NAE_ERA_R-2362_Emakeele_Selts, lk 55
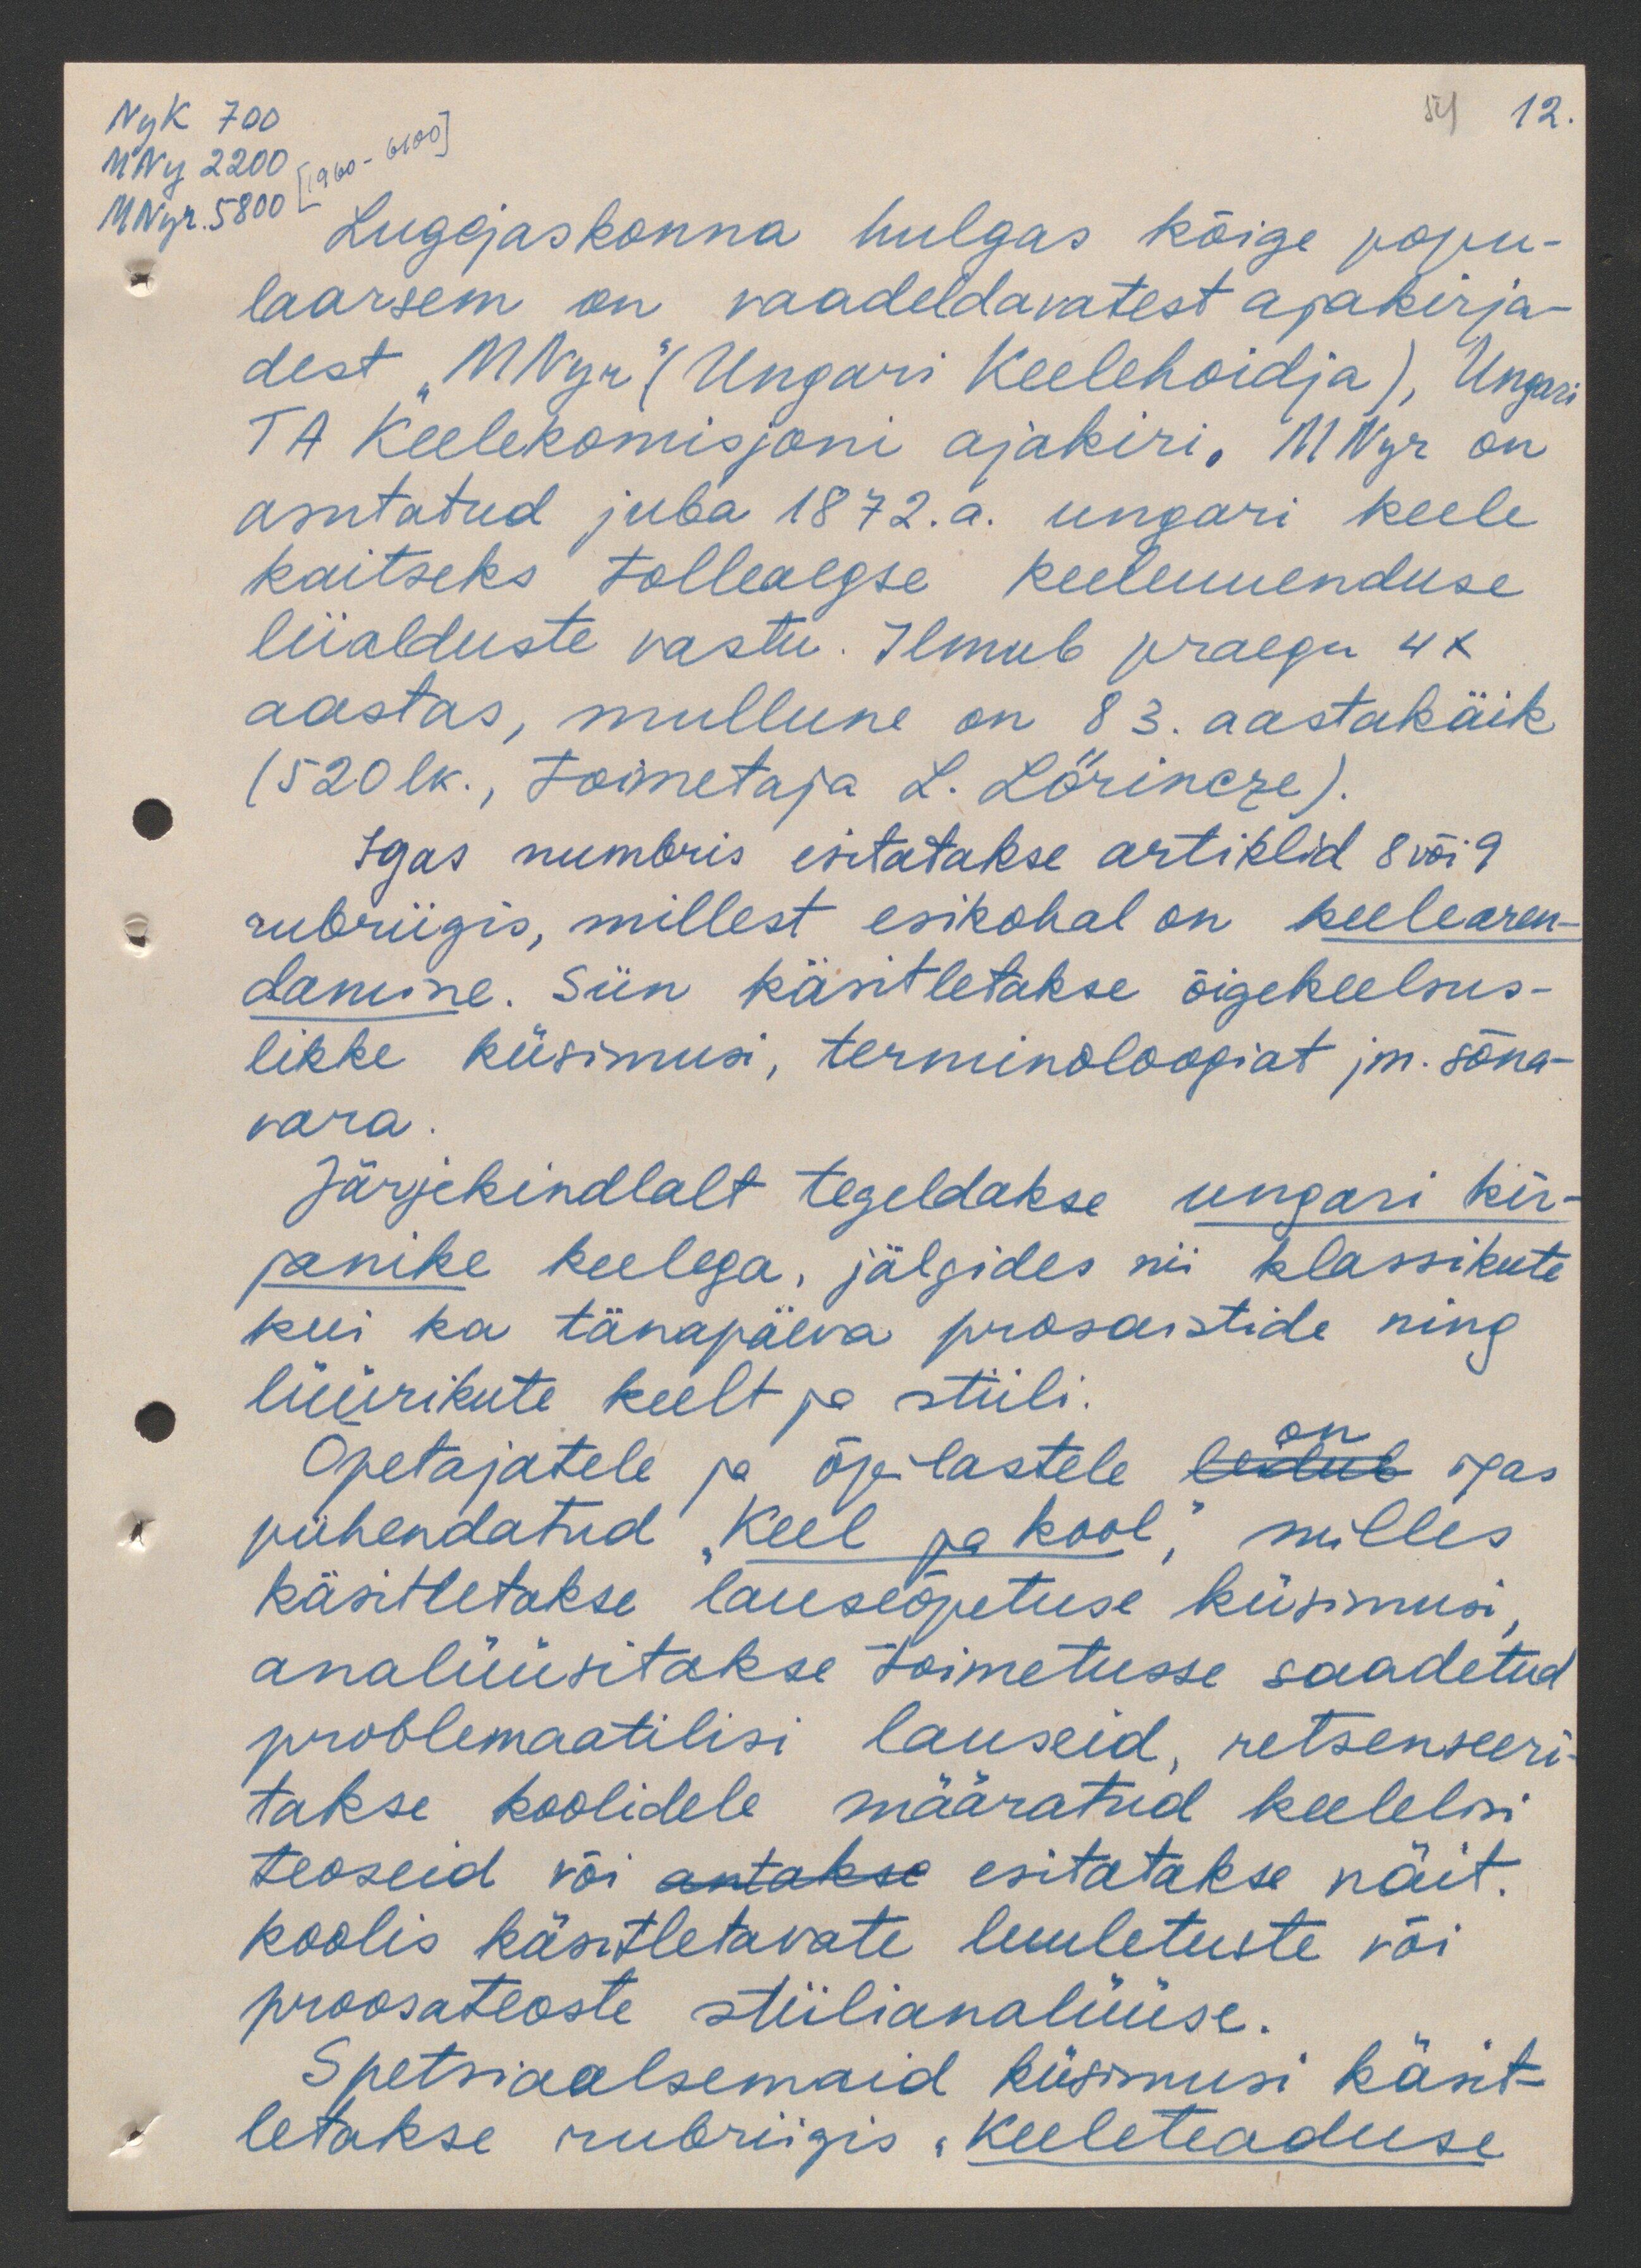
MNy 2200
[1960-6100]
Nyk 700
54 12.
MNyr. 5800
Lugejaskonna hulgas kõige popu-
laarsem on vaadeldavatest ajakirja-
dest "MNyr" (Ungari keelehoidja), Ungari
TA Keelekomisjoni ajakiri. MNyr on
asutatud juba 1872.a. ungari keele
kaitseks tolleaegse keeleuuenduse
liialduste vastu. Ilmub praegu 4 k.
aastas, mullune on 83. aastakäik
(520 lk., toimetaja L. Lörincze).
Igas numbris esitatakse artiklid 8 või 9
rubriigis, millest esikohal on keelearen-
damine. Siin käsitletakse õigekeelsus-
likke küsimusi, terminoloogiat jm. sõna-
vara.
Järjekindlalt tegeldakse ungari kir-
janike keelega, jälgides nii klassikute
kui ka tänapäeva prosaistide ning
lüürikute keelt ja stiili.
Õpetajatele ja õpilastele on igas
pühendatud "Keel ja kool", milles
käsitletakse lauseõpetuse küsimusi
analüüsitakse toimetusse saadetud
problemaatilisi lauseid, retsenseeri-
takse koolidele määratud keelelisi
teoseid või esitatakse näit.
koolis käsitletavate luuletuste või
proosateoste stiilianalüüse.
Spetsiaalsemaid küsimusi käsit-
letakse rubriigis "Keeleteaduse